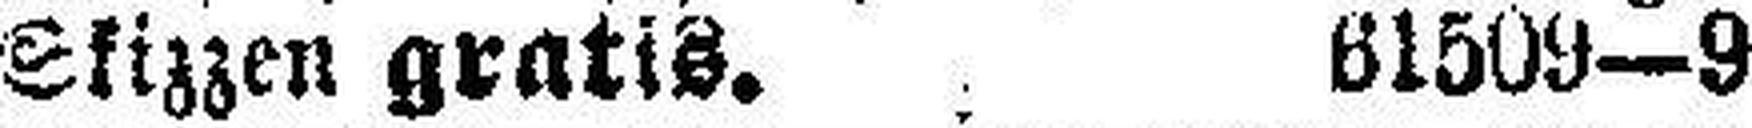
Skizzen gratis. 61509—9